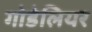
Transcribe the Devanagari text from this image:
गोडेलियर